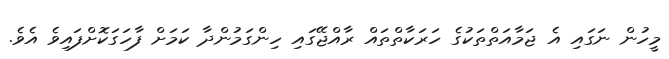
މީހުން ނަގައި އެ ޖަމާއަތްތަކުގެ ހަރަކާތްތައް ރާއްޖޭގައި ހިންގަމުންދާ ކަމަށް ފާހަގަކޮށްފައިވެ އެވެ.